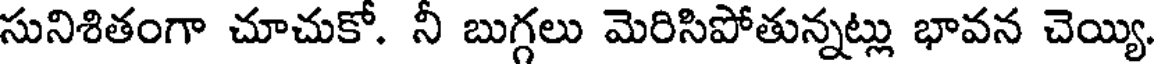
సునిశితంగా చూచుకో. నీ బుగ్గలు మెరిసిపోతున్నట్లు భావన చెయ్యి